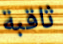
ثاقبة